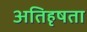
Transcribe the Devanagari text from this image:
अतिहृषता